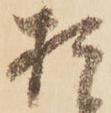
お